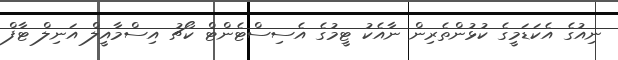
ނިއުގެ އެކަޑަމީގެ ކުޅުންތެރިން ނާއެކު ޓީމުގެ އެސިސްޓެންޓް ކޯޗު އިސްމާއީލް އަނިލް ޓާފް